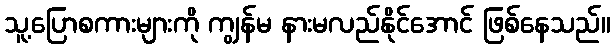
သူ့ပြောစကားများကို ကျွန်မ နားမလည်နိုင်အောင် ဖြစ်နေသည်။